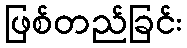
ဖြစ်တည်ခြင်း